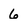
Character: 6